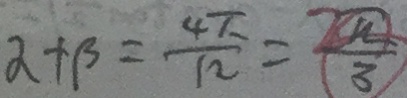
\alpha + \beta = \frac { 4 \pi } { 1 2 } = \frac { \pi } { 3 }